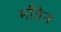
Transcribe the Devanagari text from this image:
माँतेन